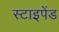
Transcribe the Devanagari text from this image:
स्टाइपेंड